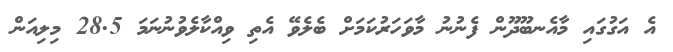
އެ އަގުގައި މާއެނބޫދޫން ފެނުނު މާވަހަރުކަމަށް ބެލެވޭ އެތި ވިއްކާލެވުނުނަމަ 28.5 މިލިއަން